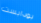
بودابست